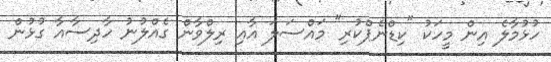
ހުޅުމާލެ އިން މީހަކު "ކިޑްނެޕްކުރި" މައްސަލަ އާއި ރިލްވާން ގެއްލުނު ހާދިސާއާ ގުޅުން